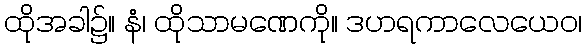
ထိုအခါ၌။ နံ၊ ထိုသာမဏေကို။ ဒဟရကာလေယေဝ၊